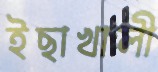
ইছাখালী